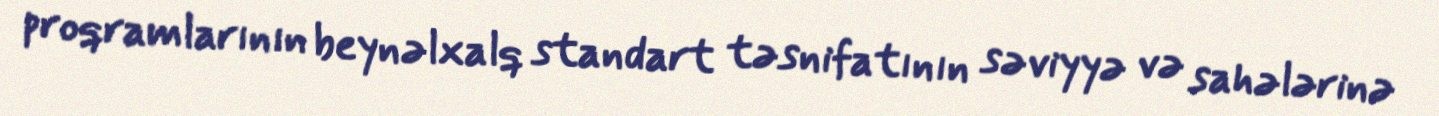
proqramlarının beynəlxalq standart təsnifatının səviyyə və sahələrinə